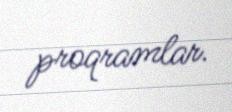
proqramlar.